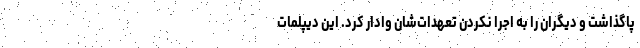
پاگذاشت و دیگران را به اجرا نکردن تعهدات‌شان وادار کرد. این دیپلمات